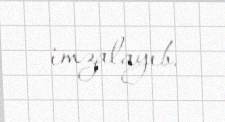
imzalayıb.